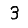
Digit: 3